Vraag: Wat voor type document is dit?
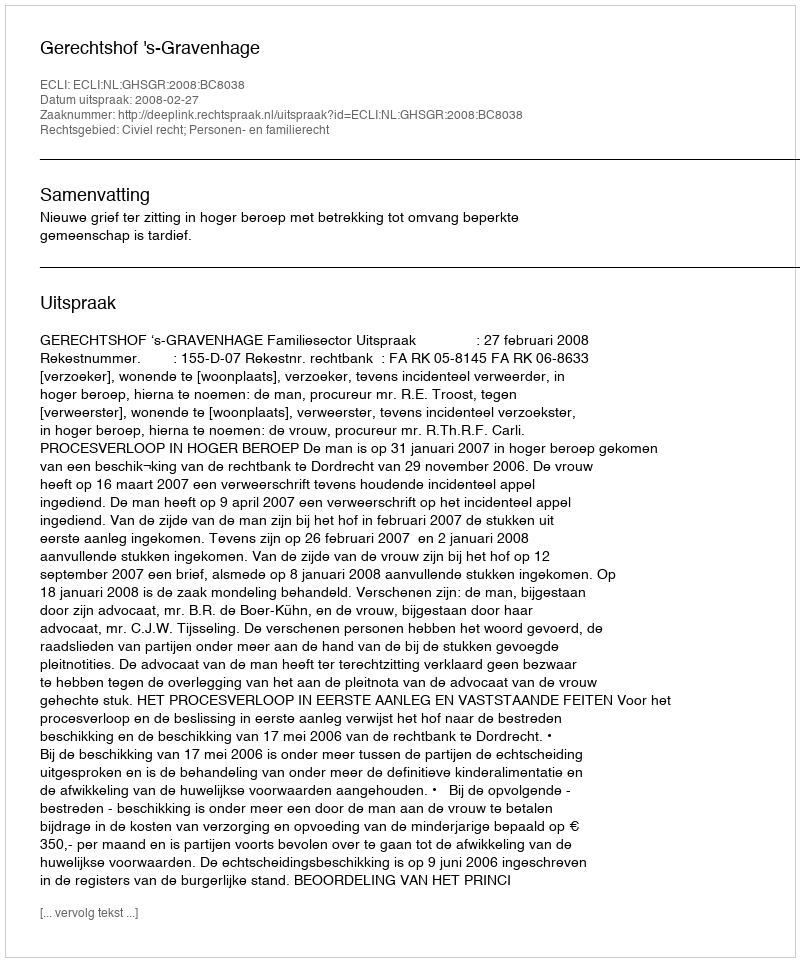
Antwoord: Uitspraak